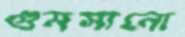
গুমসানো